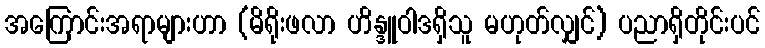
အကြောင်းအရာများဟာ (မိရိုးဖလာ ဟိန္ဒူဝါဒရှိသူ မဟုတ်လျှင်) ပညာရှိတိုင်းပင်